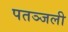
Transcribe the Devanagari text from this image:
पतञ्जली